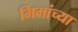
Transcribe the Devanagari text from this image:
मिमांच्या